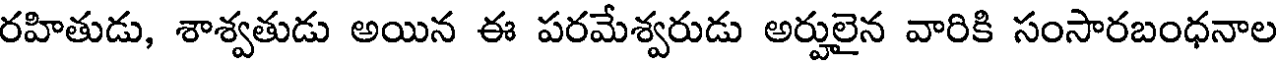
రహితుడు, శాశ్వతుడు అయిన ఈ పరమేశ్వరుడు అర్హులైన వారికి సంసారబంధనాల